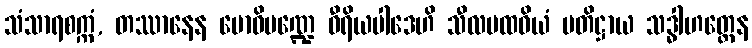
သံသာရစက္ကံ, တဿာနေန ဗောဓိမဏ္ဍေ ဝီရိယပါဒေဟိ သီလပထဝိယံ ပတိဋ္ဌာယ သဒ္ဓါဟတ္ထေန